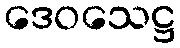
ဒေဝသေဋ္ဌ